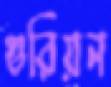
গুরিয়ন